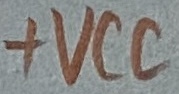
Text: +VCC